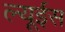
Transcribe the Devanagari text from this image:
ल्यूईस